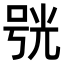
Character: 𠵗